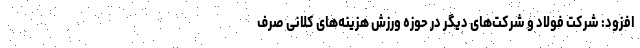
افزود: شرکت فولاد و شرکت‌های دیگر در حوزه ورزش هزینه‌های کلانی صرف